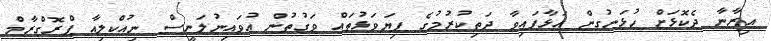
އިރާނާ ދެކޮޅަށް ހުޅަނގުން އަޅާފައިވާ ދަތިކުރުމުގެ ފިޔަވަޅުތައް ވަގުތުން އުވައިނުލަނީސް ނިއުކްލިއާ ޕްރޮގްރާމް